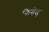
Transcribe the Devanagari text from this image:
किरोव्ह